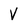
Character: V